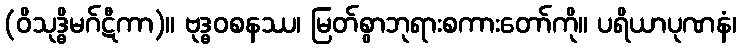
(ဝိသုဒ္ဓိမဂ်ဋီကာ)။ ဗုဒ္ဓဝစနဿ၊ မြတ်စွာဘုရားစကားတော်ကို။ ပရိယာပုဏနံ၊